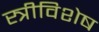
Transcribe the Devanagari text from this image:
स्त्रीविशेष